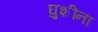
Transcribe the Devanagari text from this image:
घुशींना